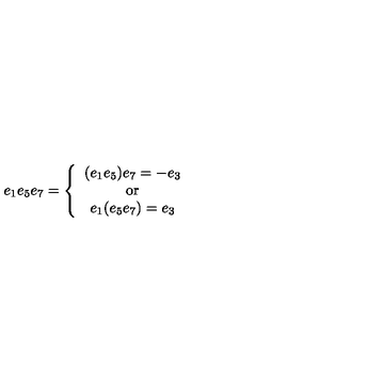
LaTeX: e _ { 1 } e _ { 5 } e _ { 7 } = \left\{ \begin{array} { c } { ( e _ { 1 } e _ { 5 } ) e _ { 7 } = - e _ { 3 } } \\ { \mathrm { o r } } \\ { e _ { 1 } ( e _ { 5 } e _ { 7 } ) = e _ { 3 } } \\ \end{array} \right.